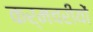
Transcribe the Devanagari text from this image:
कर्मचरीयों